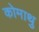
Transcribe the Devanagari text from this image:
कोमाथु